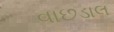
વાછડાલ